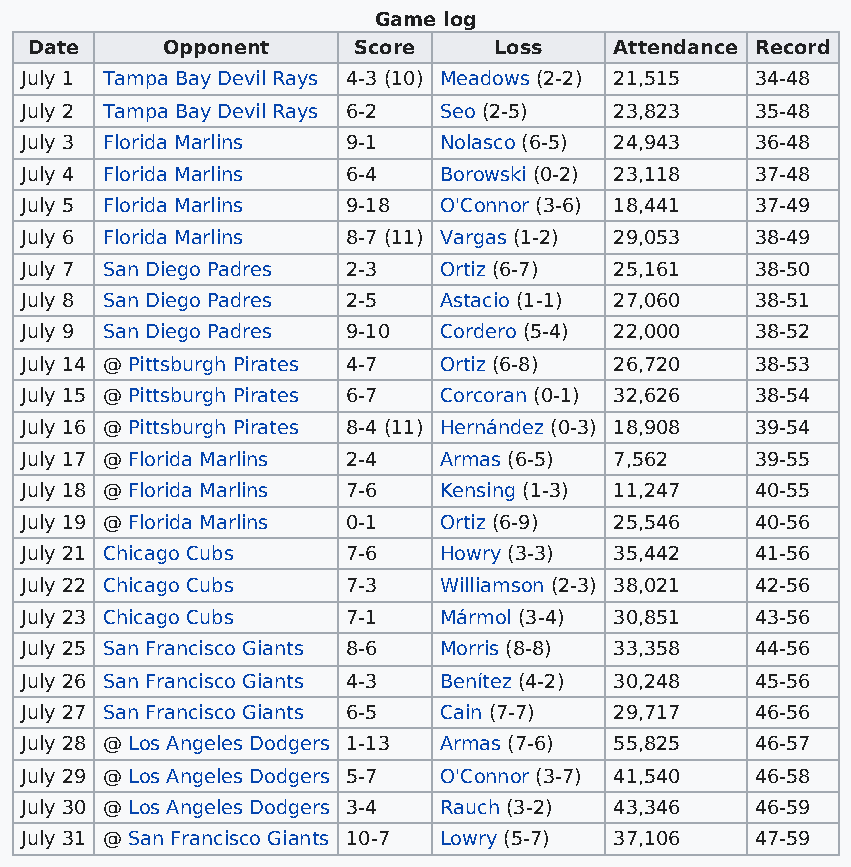
Game log
 Date     Opponent    Score     Loss    Attendance Record
 July 1 Tampa Bay Devil Rays 4-3 (10) Meadows (2-2) 21,515 34-48
 July 2 Tampa Bay Devil Rays 6-2 Seo (2-5) 23,823 35-48
 July 3 Florida Marlins 9-1  Nolasco (6-5) 24,943 36-48
 July 4 Florida Marlins 6-4  Borowski (0-2) 23,118 37-48
 July 5 Florida Marlins 9-18 O'Connor (3-6) 18,441 37-49
 July 6 Florida Marlins 8-7 (11) Vargas (1-2) 29,053 38-49
 July 7 San Diego Padres 2-3 Ortiz (6-7) 25,161   38-50
 July 8 San Diego Padres 2-5 Astacio (1-1) 27,060 38-51
 July 9 San Diego Padres 9-10 Cordero (5-4) 22,000 38-52
 July 14 @ Pittsburgh Pirates 4-7 Ortiz (6-8) 26,720 38-53
 July 15 @ Pittsburgh Pirates 6-7 Corcoran (0-1) 32,626 38-54
 July 16 @ Pittsburgh Pirates 8-4 (11) Hernández (0-3) 18,908 39-54
 July 17 @ Florida Marlins 2-4 Armas (6-5) 7,562  39-55
 July 18 @ Florida Marlins 7-6 Kensing (1-3) 11,247 40-55
 July 19 @ Florida Marlins 0-1 Ortiz (6-9) 25,546 40-56
 July 21 Chicago Cubs  7-6   Howry (3-3) 35,442   41-56
 July 22 Chicago Cubs  7-3   Williamson (2-3) 38,021 42-56
 July 23 Chicago Cubs  7-1   Mármol (3-4) 30,851  43-56
 July 25 San Francisco Giants 8-6 Morris (8-8) 33,358 44-56
 July 26 San Francisco Giants 4-3 Benítez (4-2) 30,248 45-56
 July 27 San Francisco Giants 6-5 Cain (7-7) 29,717 46-56
 July 28 @ Los Angeles Dodgers 1-13 Armas (7-6) 55,825 46-57
 July 29 @ Los Angeles Dodgers 5-7 O'Connor (3-7) 41,540 46-58
 July 30 @ Los Angeles Dodgers 3-4 Rauch (3-2) 43,346 46-59
 July 31 @ San Francisco Giants 10-7 Lowry (5-7) 37,106 47-59